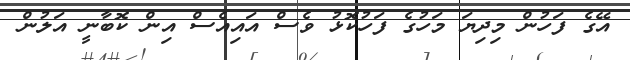
އޭގެ ފަހުން މިދިޔަ މަހުގެ ފަހުކޮޅު ވެސް އައިއެސް އިން ކޮބާނީ އަލުން